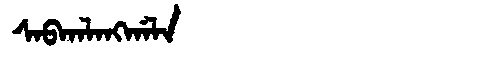
Manchu: ᠰᠠᠪᡴᠠᠯᠠᠩᡤᠠᠯᠠ
Romanization: SABKALANGGALA